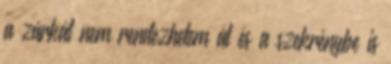
a zárkát nem rendezhetem át és a szekrénybe is